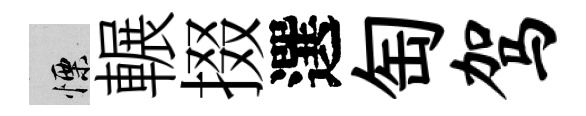
慄輾掇選匋驾